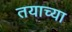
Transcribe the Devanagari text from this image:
तयाच्या